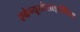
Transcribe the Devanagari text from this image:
एग्रेन्यूलोसाइटोसिस